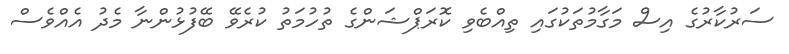
ސަރުކާރުގެ އިސް މަގާމުތަކުގައި ތިއްބެވި ކޮރަޕްޝަންގެ ތުހުމަތު ކުރެވޭ ބޭފުޅުންނާ މެދު އެއްވެސް